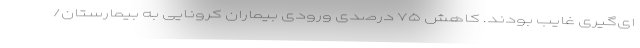
ای‌گیری غایب بودند. کاهش ۷۵ درصدی ورودی بیماران کرونایی به بیمارستان/